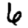
Digit: 6